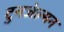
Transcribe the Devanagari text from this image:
टुनजेल्मन